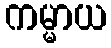
ကမ္မာယ